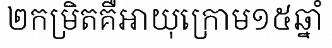
២កម្រិតគឺអាយុក្រោម១៥ឆ្នាំ